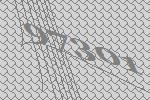
97301